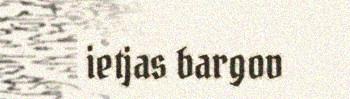
ietjas bargov